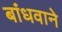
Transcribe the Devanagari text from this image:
बांधवाने